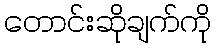
တောင်းဆိုချက်ကို